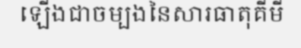
ឡើងជាចម្បងនៃសារធាតុគីមី